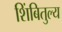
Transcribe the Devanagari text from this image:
शिंबितुल्य